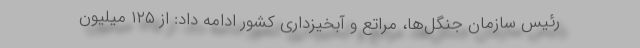
رئیس سازمان جنگل‌ها، مراتع و آبخیزداری کشور ادامه داد: از ۱۲۵ میلیون